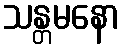
သန္တမနော